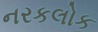
નરકલોક